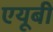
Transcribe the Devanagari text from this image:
एयूबी